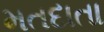
મતદાતા